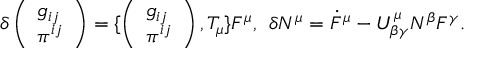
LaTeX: \delta \left( \begin{array} { l } { { g _ { i j } } } \\ { { \pi ^ { i j } } } \end{array} \right) = \{ \left( \begin{array} { l } { { g _ { i j } } } \\ { { \pi ^ { i j } } } \end{array} \right) , T _ { \mu } \} F ^ { \mu } , \: \: \delta N ^ { \mu } = \dot { F } ^ { \mu } - U _ { \beta \gamma } ^ { \mu } N ^ { \beta } F ^ { \gamma } .